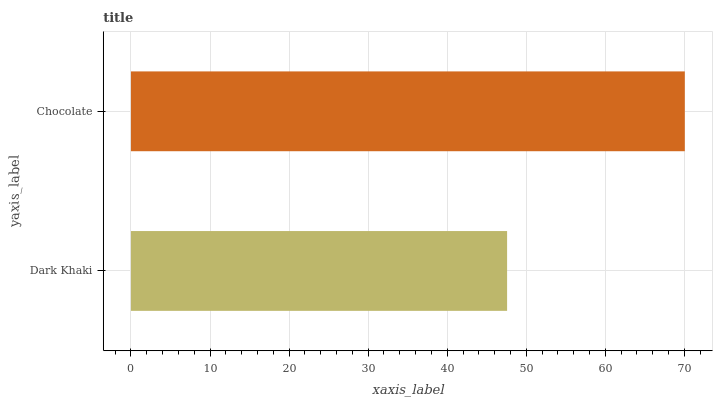
| yaxis_label | bars |
 | --- | --- |
 | Dark Khaki | 47.6 |
 | Chocolate | 70.1 |